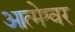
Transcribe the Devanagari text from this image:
आत्मेश्वर